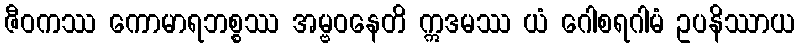
ဇီဝကဿ ကောမာရဘစ္စဿ အမ္ဗဝနေတိ ဣဒမဿ ယံ ဂေါစရဂါမံ ဥပနိဿာယ